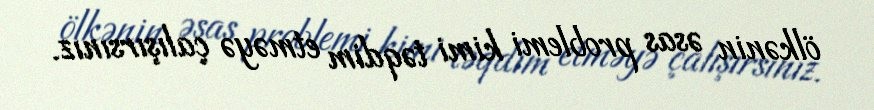
ölkənin əsas problemi kimi təqdim etməyə çalışırsınız.